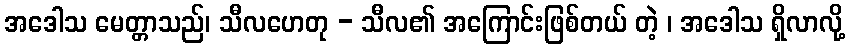
အဒေါသ မေတ္တာသည်၊ သီလဟေတု - သီလ၏ အကြောင်းဖြစ်တယ် တဲ့ ၊ အဒေါသ ရှိလာလို့